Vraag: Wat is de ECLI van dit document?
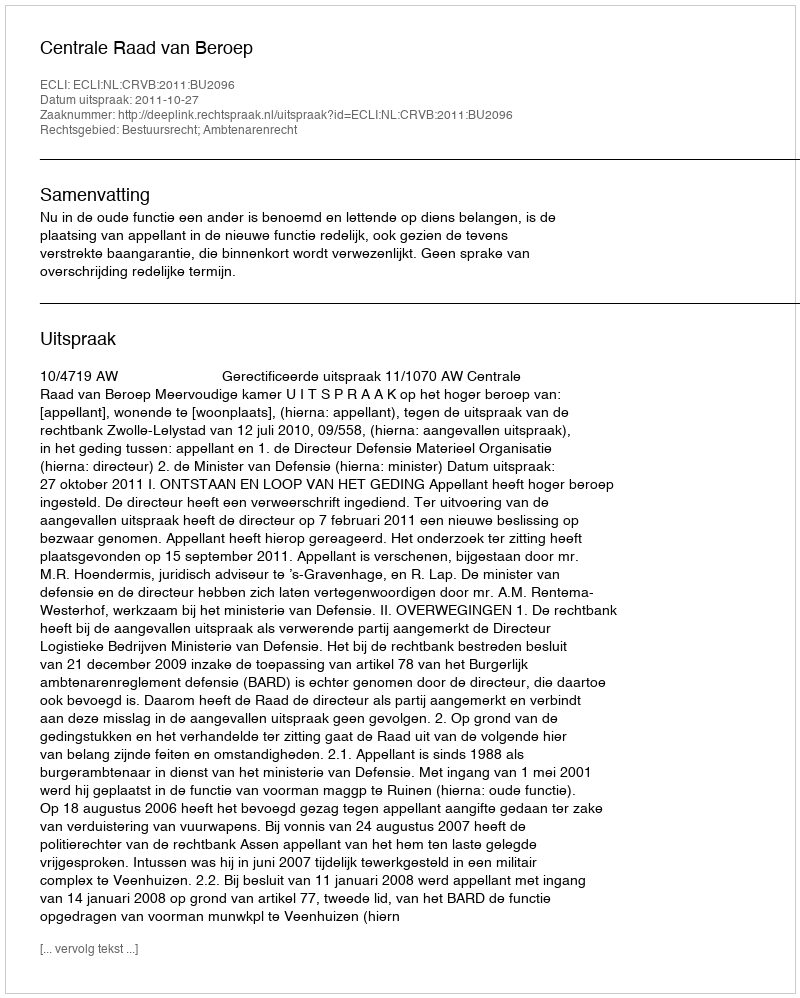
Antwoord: ECLI:NL:CRVB:2011:BU2096